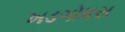
ખડગોધરા